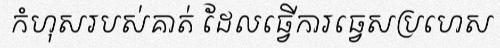
កំហុសរបស់គាត់ ដែលធ្វើការធ្វេសប្រហេស